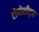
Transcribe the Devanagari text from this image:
टोपोशीट्स